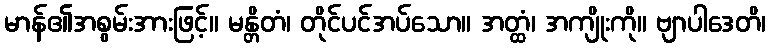
မာန်၏အစွမ်းအားဖြင့်။ မန္တိတံ၊ တိုင်ပင်အပ်သော။ အတ္ထံ၊ အကျိုးကို။ ဗျာပါဒေတိ၊